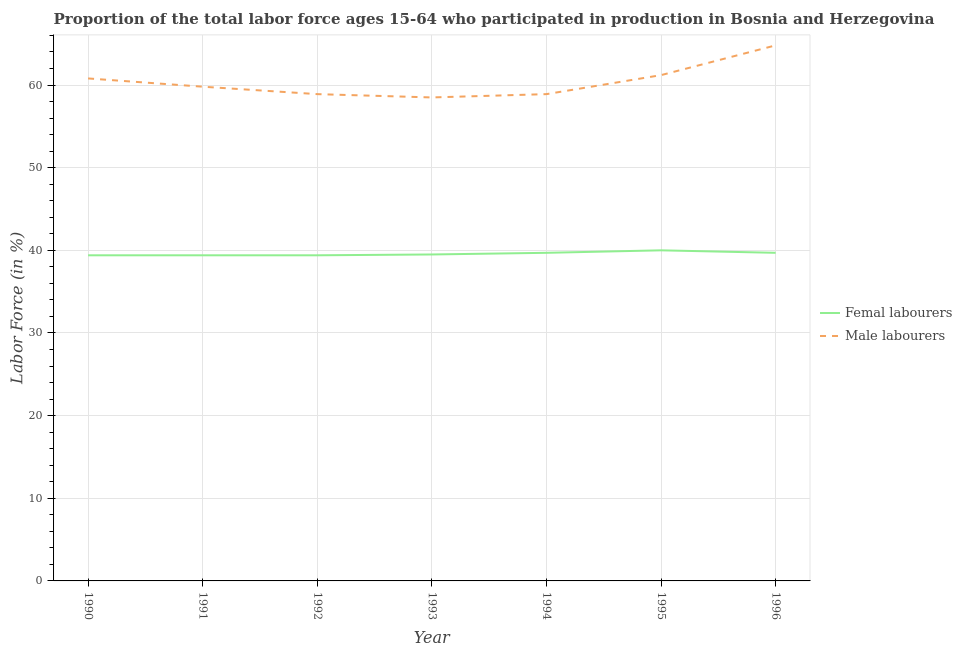
| Year | Femal labourers | Male labourers |
 | --- | --- | --- |
 | 1990 | 39.4 | 60.8 |
 | 1991 | 39.4 | 59.8 |
 | 1992 | 39.4 | 58.9 |
 | 1993 | 39.5 | 58.5 |
 | 1994 | 39.7 | 58.9 |
 | 1995 | 40 | 61.2 |
 | 1996 | 39.7 | 64.8 |